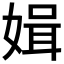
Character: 𱙝